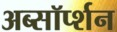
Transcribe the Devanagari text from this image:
अब्सॉर्प्शन